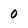
Character: 0